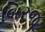
બિરજૂ